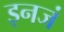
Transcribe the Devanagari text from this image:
इनजं